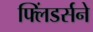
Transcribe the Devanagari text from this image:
फ्लिंडर्सने